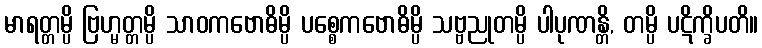
မာရတ္တမ္ပိ ဗြဟ္မတ္တမ္ပိ သာဝကဗောဓိမ္ပိ ပစ္စေကဗောဓိမ္ပိ သဗ္ဗညုတမ္ပိ ပါပုဏန္တိ, တမ္ပိ ပဋိက္ခိပတိ။